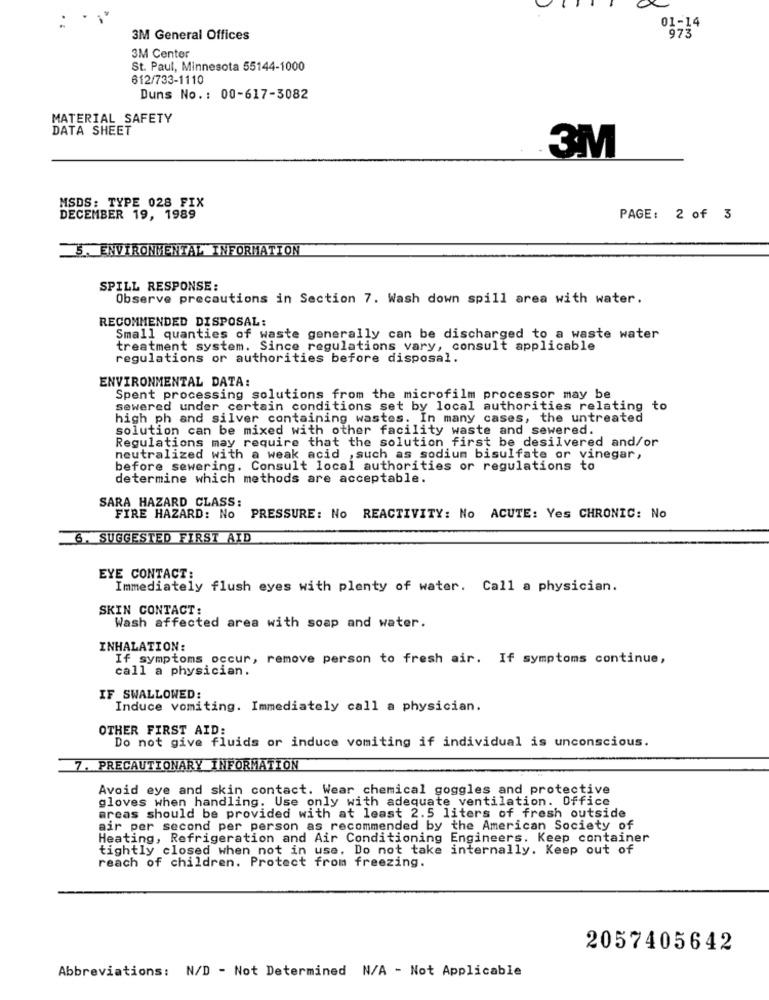
01-14
3M General Offices
973
3M Center
St. Paul, Minnesota 55144-1000
612/733-1110
Duns No .: 00-617-3082
MATERIAL SAFETY
DATA SHEET
3M
MSDS: TYPE 028 FIX
DECEMBER 19, 1989
PAGE: 2 of 3
5. ENVIRONMENTAL INFORMATION
SPILL RESPONSE:
Observe precautions in Section 7. Wash down spill area with water.
RECOMMENDED DISPOSAL:
Small quanties of waste generally can be discharged to a waste water
treatment system. Since regulations vary, consult applicable
regulations or authorities before disposal.
ENVIRONMENTAL DATA:
Spent processing solutions from the microfilm processor may be
sewered under certain conditions set by local authorities relating to
high ph and silver containing wastes. In many cases, the untreated
solution can be mixed with other facility waste and sewered.
Regulations may require that the solution first be desilvered and/or
neutralized with a weak acid , such as sodium bisulfate or vinegar,
before sewering. Consult local authorities or regulations to
determine which methods are acceptable.
SARA HAZARD CLASS:
FIRE HAZARD: No PRESSURE: No REACTIVITY: No ACUTE: Yes CHRONIC: No
6. SUGGESTED FIRST AID
EYE CONTACT:
Immediately flush eyes with plenty of water. Call a physician.
SKIN CONTACT:
Wash affected area with soap and water.
INHALATION:
If symptoms occur, remove person to fresh air. If symptoms continue,
call a physician.
IF SWALLOWED:
Induce vomiting. Immediately call a physician.
OTHER FIRST AID:
Do not give fluids or induce vomiting if individual is unconscious.
7. PRECAUTIONARY INFORMATION
Avoid eye and skin contact. Wear chemical goggles and protective
gloves when handling. Use only with adequate ventilation. Office
areas should be provided with at least 2.5 liters of fresh outside
air per second per person as recommended by the American Society of
Heating, Refrigeration and Air Conditioning Engineers. Keep container
tightly closed when not in use. Do not take internally. Keep out of
reach of children. Protect from freezing.
2057405642
Abbreviations: N/D - Not Determined N/A - Not Applicable